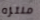
منتزه